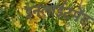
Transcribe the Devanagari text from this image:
इनलाईटमेंट